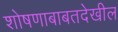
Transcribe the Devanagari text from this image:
शोषणाबाबतदेखील